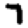
Digit: 7